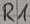
Text: R1